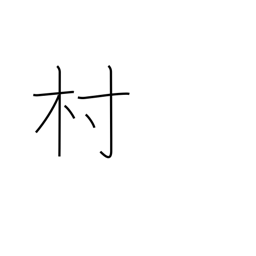
Meaning: town